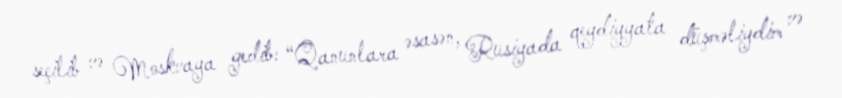
seçilib və Moskvaya gedib: “Qanunlara əsasən, Rusiyada qeydiyyata düşməliydim və